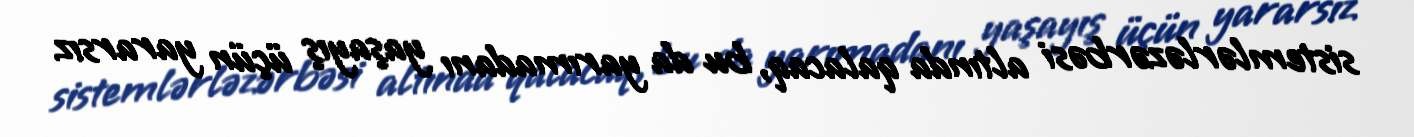
sistemlərləzərbəsi altında qalacaq, bu da yarımadanı yaşayış üçün yararsız